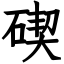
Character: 碶